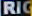
RIC